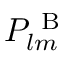
P _ { l m } ^ { \mathrm { ~ B ~ } }